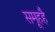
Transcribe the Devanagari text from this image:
समूहहै